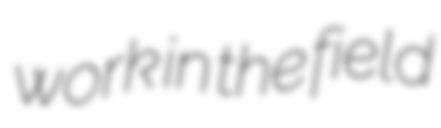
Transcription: work in the field